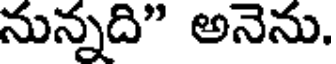
నున్నది" అనెను.